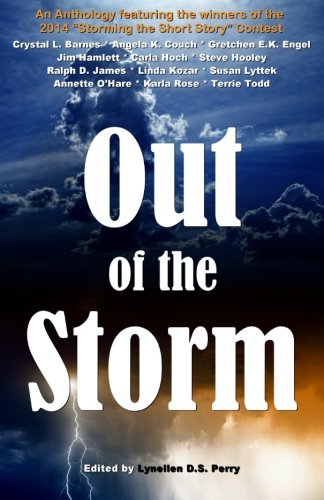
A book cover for Out of the Storm; Crystal L. Barnes; Christian Books & Bibles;